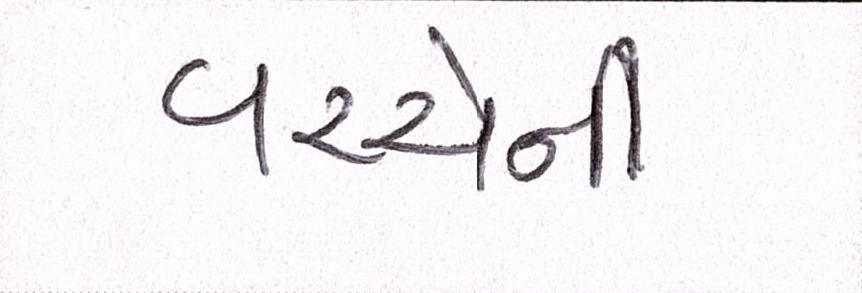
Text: વચ્ચેની